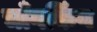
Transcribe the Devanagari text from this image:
चॉँगकिंग